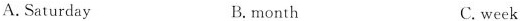
A.Saturday B.month C.week